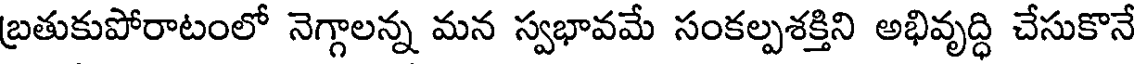
బ్రతుకుపోరాటంలో నెగ్గాలన్న మన స్వభావమే సంకల్పశక్తిని అభివృద్ధి చేసుకొనే